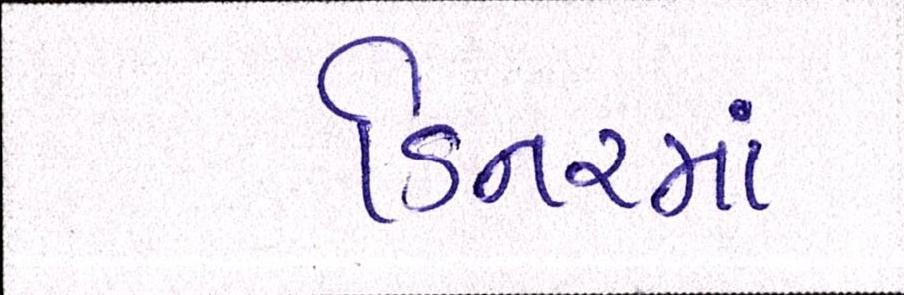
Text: ડિનરમાં